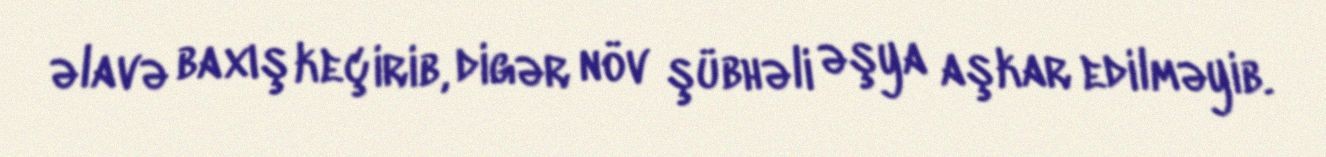
əlavə baxış keçirib, digər növ şübhəli əşya aşkar edilməyib.